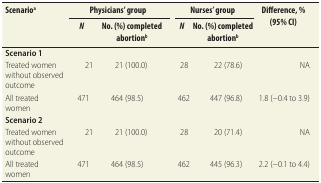
<table><thead><tr><td rowspan="2"><b>Scenario<sup>a</sup></b></td><td colspan="2"><b>Physicians’ group</b></td><td rowspan="2"></td><td colspan="2"><b>Nurses’ group</b></td><td rowspan="2"><b>Difference, % (95% CI)</b></td></tr><tr><td><b><i>N</i></b></td><td><b>No. (%) completed abortion<sup>b</sup></b></td><td><b><i>N</i></b></td><td><b>No. (%) completed abortion<sup>b</sup></b></td></tr></thead><tbody><tr><td><b>Scenario 1</b></td><td></td><td></td><td></td><td></td><td></td><td></td></tr><tr><td>Treated women without observed outcome</td><td>21</td><td>21 (100.0)</td><td></td><td>28</td><td>22 (78.6)</td><td>NA</td></tr><tr><td>All treated women</td><td>471</td><td>464 (98.5)</td><td></td><td>462</td><td>447 (96.8)</td><td>1.8 (−0.4 to 3.9)</td></tr><tr><td><b>Scenario 2</b></td><td></td><td></td><td></td><td></td><td></td><td></td></tr><tr><td>Treated women without observed outcome</td><td>21</td><td>21 (100.0)</td><td></td><td>28</td><td>20 (71.4)</td><td>NA</td></tr><tr><td>All treated women</td><td>471</td><td>464 (98.5)</td><td></td><td>462</td><td>445 (96.3)</td><td>2.2 (−0.1 to 4.4)</td></tr></tbody></table>